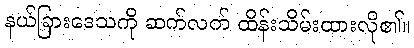
နယ်ခြားဒေသကို ဆက်လက် ထိန်းသိမ်းထားလို၏။